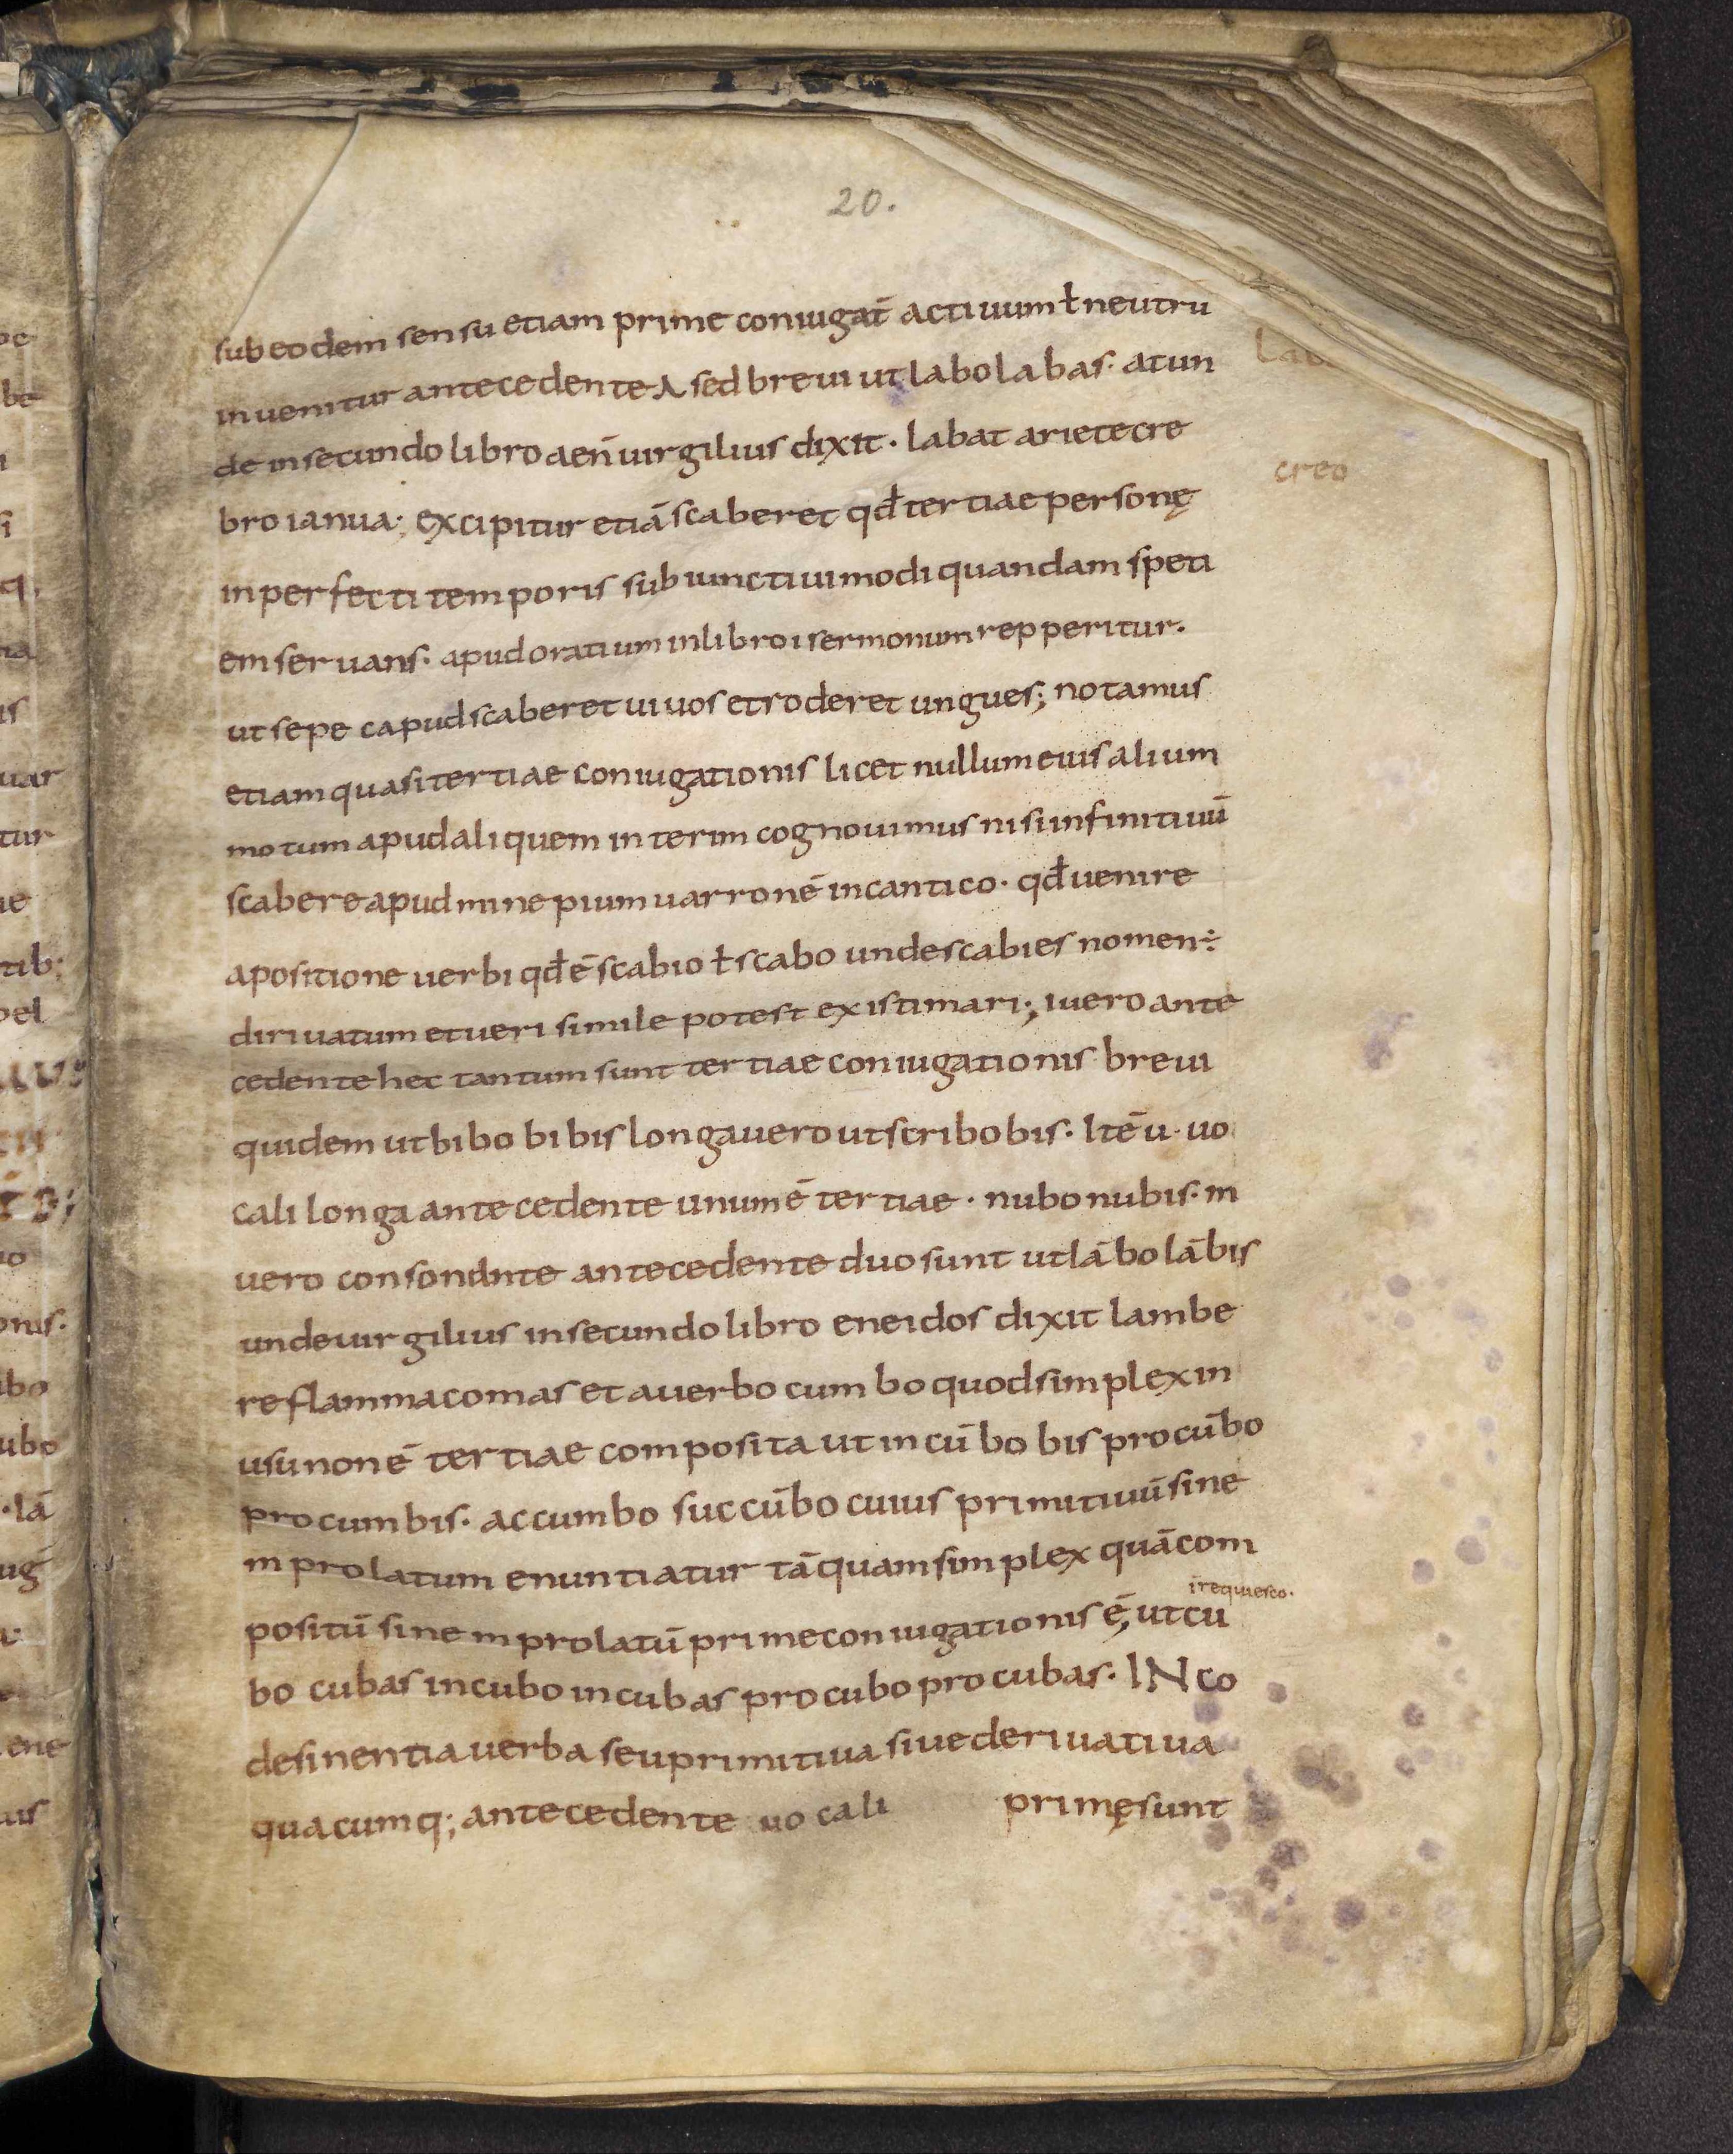
Shelfmark: Leiden, Bibliotheek der Rijksuniversiteit, Voss. Lat. O 41
Century: 9